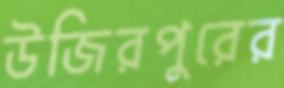
উজিরপুরের